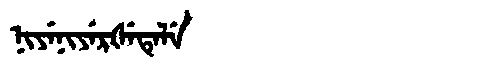
Manchu: ᠨᡳᠶᡝᠨᡳᠶᡝᡵᡧᡝᡨᡝᠯᡝ
Romanization: NIYENIYERŠETELE